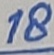
Text: 18